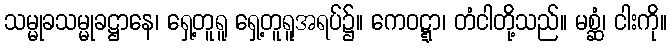
သမ္မုခသမ္မုခဋ္ဌာနေ၊ ရှေ့တူရူ ရှေ့တူရူအရပ်၌။ ကေဝဋ္ဋာ၊ တံငါတို့သည်။ မစ္ဆံ၊ ငါးကို။